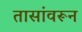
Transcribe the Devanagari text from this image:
तासांवरून